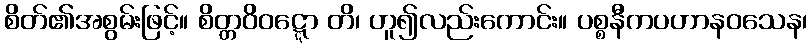
စိတ်၏အစွမ်းဖြင့်။ စိတ္တဝိဝဋ္ဋော တိ၊ ဟူ၍လည်းကောင်း။ ပစ္စနီကပဟာနဝသေန၊